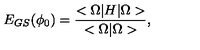
E _ { G S } ( \phi _ { 0 } ) = { \frac { < \Omega | H | \Omega > } { < \Omega | \Omega > } } ,